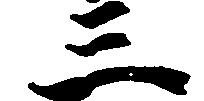
三